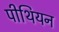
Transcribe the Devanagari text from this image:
पीथियन